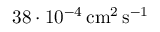
3 8 \cdot 1 0 ^ { - 4 } \, \mathrm { c m ^ { 2 } \, s ^ { - 1 } }